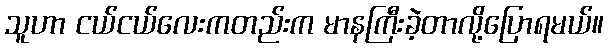
သူဟာ ငယ်ငယ်လေးကတည်းက မာနကြီးခဲ့တာလို့ပြောရမယ်။